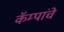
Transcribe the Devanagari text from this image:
कॅम्पांचे